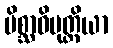
မိစ္ဆာဝိမုတ္တိယာ